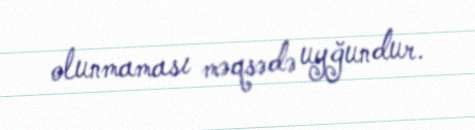
olunmaması məqsədə uyğundur.